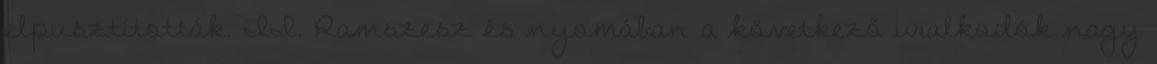
elpusztították. II. Ramszesz és nyomában a következő uralkodók nagy